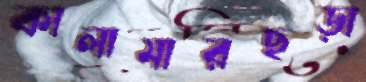
কালামারছড়া